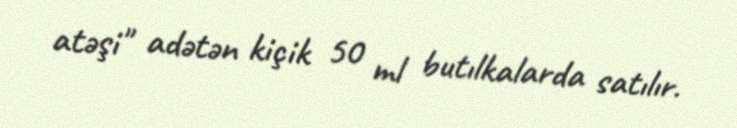
atəşi" adətən kiçik 50 ml butılkalarda satılır.